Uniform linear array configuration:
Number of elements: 64
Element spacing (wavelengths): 0.75
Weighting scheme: kaiser
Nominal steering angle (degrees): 45
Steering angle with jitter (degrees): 45.568
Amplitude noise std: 0.05
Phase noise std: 0.05

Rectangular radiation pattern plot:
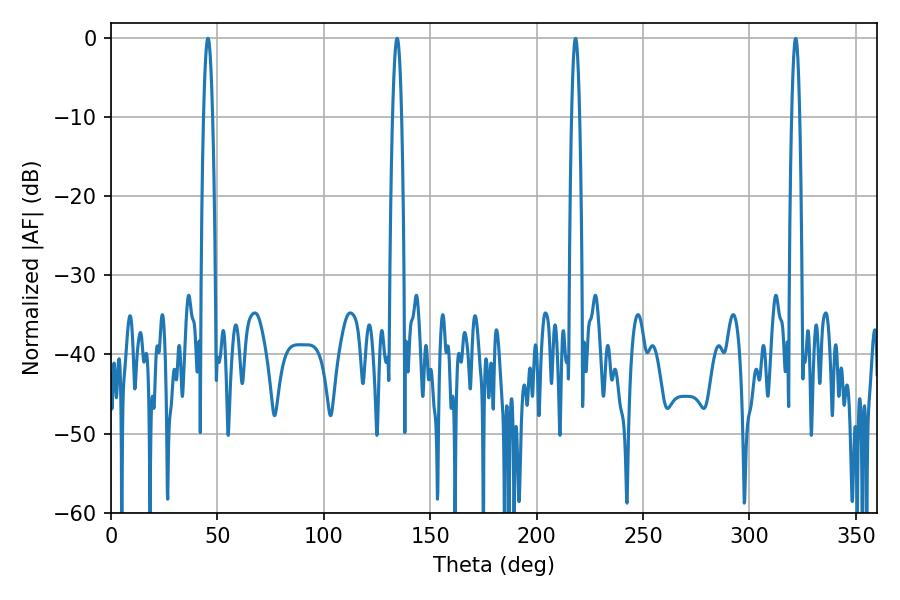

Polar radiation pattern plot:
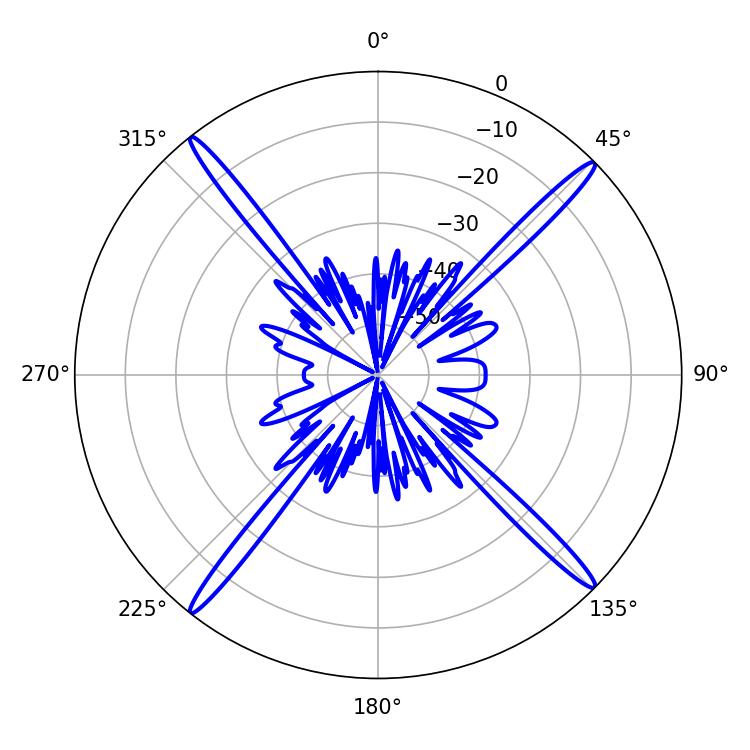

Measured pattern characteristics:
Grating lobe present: TRUE
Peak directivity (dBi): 21.415
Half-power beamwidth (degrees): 2.16
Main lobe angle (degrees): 45.54